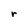
Character: r